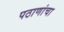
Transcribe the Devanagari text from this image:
पठाणांचा